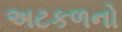
અટકળનો